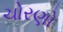
ચોરણો